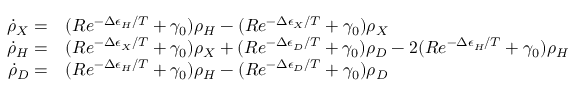
\begin{array} { r l } { \dot { \rho } _ { X } = } & { ( R e ^ { - \Delta \epsilon _ { H } / T } + \gamma _ { 0 } ) \rho _ { H } - ( R e ^ { - \Delta \epsilon _ { X } / T } + \gamma _ { 0 } ) \rho _ { X } } \\ { \dot { \rho } _ { H } = } & { ( R e ^ { - \Delta \epsilon _ { X } / T } + \gamma _ { 0 } ) \rho _ { X } + ( R e ^ { - \Delta \epsilon _ { D } / T } + \gamma _ { 0 } ) \rho _ { D } - 2 ( R e ^ { - \Delta \epsilon _ { H } / T } + \gamma _ { 0 } ) \rho _ { H } } \\ { \dot { \rho } _ { D } = } & { ( R e ^ { - \Delta \epsilon _ { H } / T } + \gamma _ { 0 } ) \rho _ { H } - ( R e ^ { - \Delta \epsilon _ { D } / T } + \gamma _ { 0 } ) \rho _ { D } } \end{array}